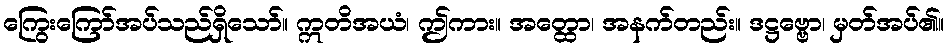
ကြွေးကြော်အပ်သည်ရှိသော်။ ဣတိအယံ၊ ဤကား။ အတ္ထော၊ အနက်တည်း။ ဒဋ္ဌဗ္ဗော၊ မှတ်အပ်၏။